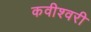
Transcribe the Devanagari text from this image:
कवीश्वरी